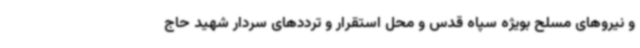
و نیروهای مسلح بویژه سپاه قدس و محل استقرار و ترددهای سردار شهید حاج